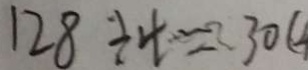
1 2 8 \div 4 \approx 3 0 (